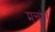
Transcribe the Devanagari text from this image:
मचांग